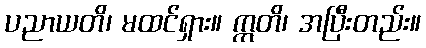
ပညာယတိ၊ မထင်ရှား။ ဣတိ၊ အပြီးတည်း။